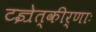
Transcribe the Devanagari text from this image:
टज्रेत्कीर्णाः